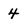
Character: 4